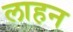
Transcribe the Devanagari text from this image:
लाहन